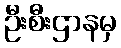
ဦးစီးဌာနမှ